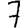
Digit: 7